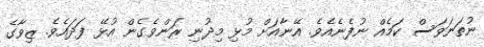
ނުތަނަވަސް ކަމެއް ނުފެނެއެވެ. އޭނާއަށް މުޅި މިދުނި ރަންވެގެން އުޅޭ ފަދައެވެ. ޒިވާގެ